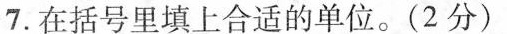
7.在括号里填上合适的单位。(2分)